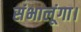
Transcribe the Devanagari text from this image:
संभालूंगा।